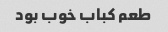
طعم کباب خوب بود